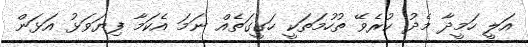
އަލީ ހަމީދާ މެދު ކުރެވޭ ތުހުމަތަކީ ހަގީގަތެއް ނަމަ އެކަމާ ފިޔަވަޅު އަޅަން